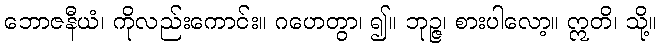
ဘောဇနီယံ၊ ကိုလည်းကောင်း။ ဂဟေတွာ၊ ၍။ ဘုဉ္ဇ၊ စားပါလော့။ ဣတိ၊ သို့။